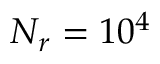
N _ { r } = 1 0 ^ { 4 }